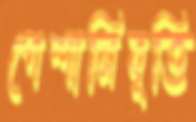
পেশানিবৃত্তি